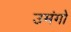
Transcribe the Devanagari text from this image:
उमंगो